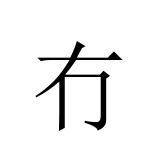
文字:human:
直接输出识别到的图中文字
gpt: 冇